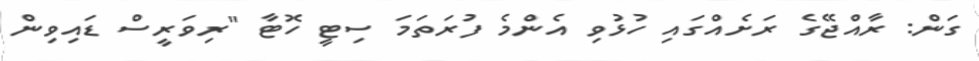
ގަން: ރާއްޖޭގެ ރަށެއްގައި ހުޅުވި އެންމެ ފުރަތަމަ ސިޓީ ހޮޓާ "ރިވަރީސް ޑައިވިން